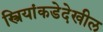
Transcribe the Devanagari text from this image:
स्त्रियांकडेदेखील